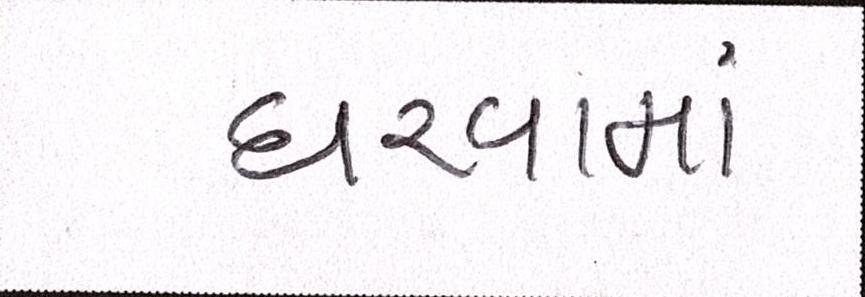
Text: ધરવામાં